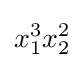
x_{1}^{3}x_{2}^{2}